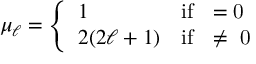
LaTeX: \mu _ { \ell } = \left\{ \begin{array} { l l } { { 1 } } & { { \mathrm { i f ~ \ell = 0 ~ } } } \\ { { 2 ( 2 \ell + 1 ) } } & { { \mathrm { i f ~ \ell \neq ~ 0 ~ } } } \end{array} \right. \nonumber